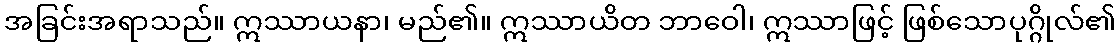
အခြင်းအရာသည်။ ဣဿာယနာ၊ မည်၏။ ဣဿာယိတ ဘာဝေါ၊ ဣဿာဖြင့် ဖြစ်သောပုဂ္ဂိုလ်၏